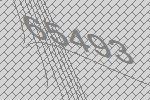
65493